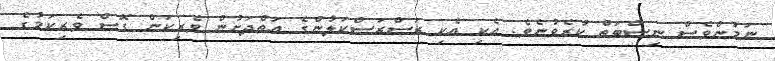
ނަމުންވެސް ނިސްބަތް ކުރެވުނެވެ. އެކި އެކި ރަސްރަސްކަލުންގެ އަތްދަށުން ވެރިކަން ގޮސް ވެރިކަމުގެ